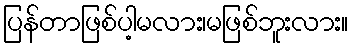
ပြန်တာဖြစ်ပါ့မလား၊မဖြစ်ဘူးလား။